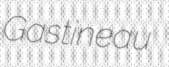
Gastineau